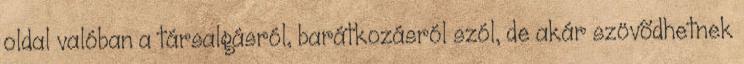
oldal valóban a társalgásról, barátkozásról szól, de akár szövõdhetnek